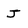
Character: J